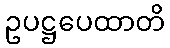
ဥပဋ္ဌပေထာတိ